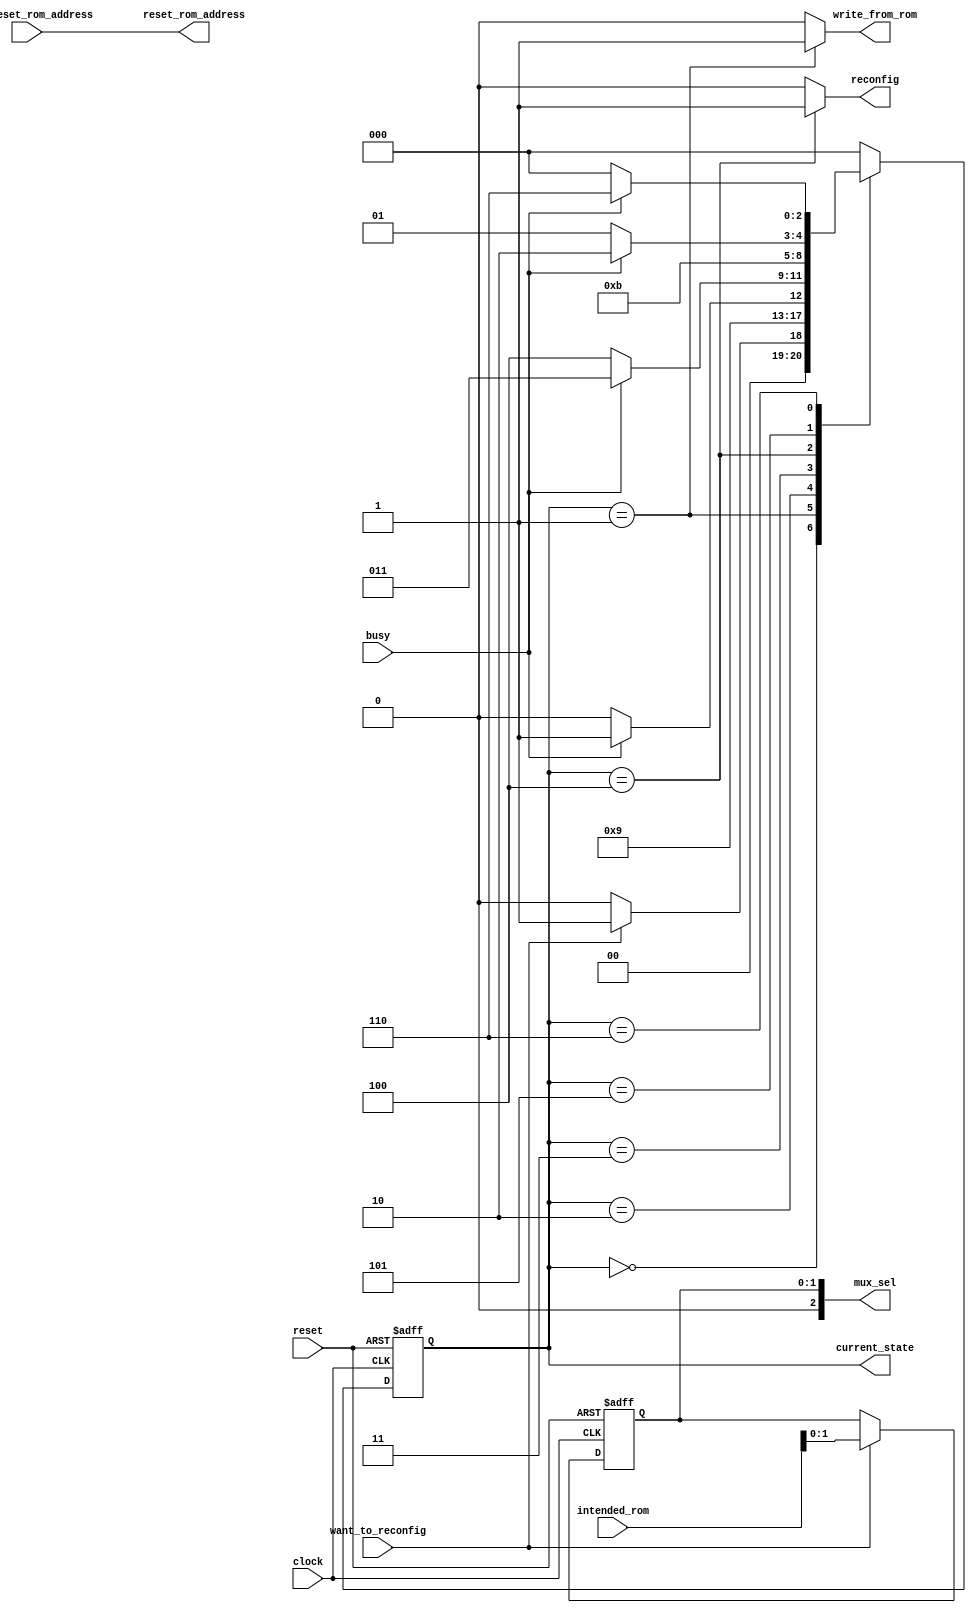
module control_sm (clock, reset, busy, want_to_reconfig,intended_rom, mux_sel, write_from_rom, reconfig, current_state,main_reset_rom_address,reset_rom_address);

	input  clock;
	input  reset;
	input  busy;
	input  want_to_reconfig;
	input  [2:0] intended_rom;
	output [2:0] mux_sel;
	output write_from_rom;
	output reconfig;
	output [2:0] current_state;
	input  main_reset_rom_address;
	output reset_rom_address;

parameter state_0 = 3'b000;
parameter state_1 = 3'b001;
parameter state_2 = 3'b010;
parameter state_3 = 3'b011;
parameter state_4 = 3'b100;
parameter state_5 = 3'b101;
parameter state_6 = 3'b110;

reg [1:0] sel_temp;
reg [2:0] state, next_state;

wire [2:0] state_temp;
assign write_from_rom = ( state_temp == state_1 )? 1'b1 :1'b0;
assign reconfig = ( state_temp == state_4 )? 1'b1 :1'b0;
assign current_state = state_temp;
wire temp_1;
assign temp1 = main_reset_rom_address;
assign reset_rom_address = temp1;

always @ (posedge clock or posedge reset)

	begin
		if (reset)
		state <= state_0;
		else
		state <= next_state;
	end


always @ (posedge clock or posedge reset)

	begin
		if (reset)
			sel_temp <= 2'b00;
		else
			if (want_to_reconfig == 1'b1)
				sel_temp <= intended_rom; 			
		    else
		         sel_temp <= sel_temp;
	end



always @ (state or busy or want_to_reconfig )

	begin
		
		
		case (state)

				state_0: begin
				
				
													
					if (want_to_reconfig == 1'b1) 
								begin
								
								next_state <= state_1;
						
								end

					else 
					
						begin
							next_state <= state_0;
							
					    end



				end

				state_1: begin

					
					next_state <= state_2 ;				

					
				end


				state_2: begin

					

					if (busy == 1'b1) 
							
								begin

									next_state <= state_3;

								end

					else 
						
								begin

									next_state <= state_2;
						
								end



						end


				state_3: begin



					if (busy == 1'b0) 
							
						begin

						next_state <= state_4;
							
						end

					else 
						
						begin

						next_state <= state_3;
						
						end



				end
			
					
				
				state_4: begin
				
				next_state <= state_5;
				
				end

						
				state_5: begin


					if (busy == 1'b1) 
							
								begin

									next_state <= state_6;

								end

					else 
						
								begin

									next_state <= state_5;
						
								end



						end

			
			
			
			state_6: 
				
				begin



					if (busy == 1'b0) 
							
						begin

						next_state <= state_0;
							
						end

					else 
						
						begin

						next_state <= state_6;
						
						end



				end
			

			default:begin
				
				next_state <= state_0;

				end

		endcase
	end


assign mux_sel = sel_temp;
assign state_temp = state;

endmodule